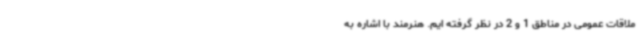
ملاقات عمومی در مناطق 1 و 2 در نظر گرفته ایم. هنرمند با اشاره به